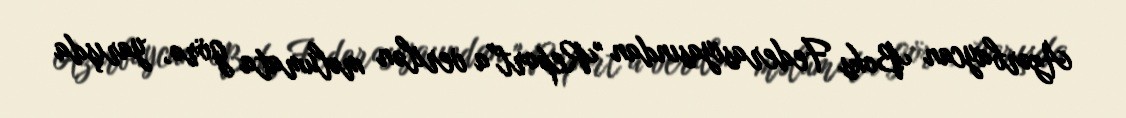
Azərbaycan Boks Federasiyasından "Report"a verilən məlumata görə, yarışda